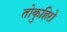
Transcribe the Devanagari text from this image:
तोकुहिरो